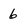
Character: 6